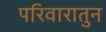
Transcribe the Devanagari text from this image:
परिवारातुन